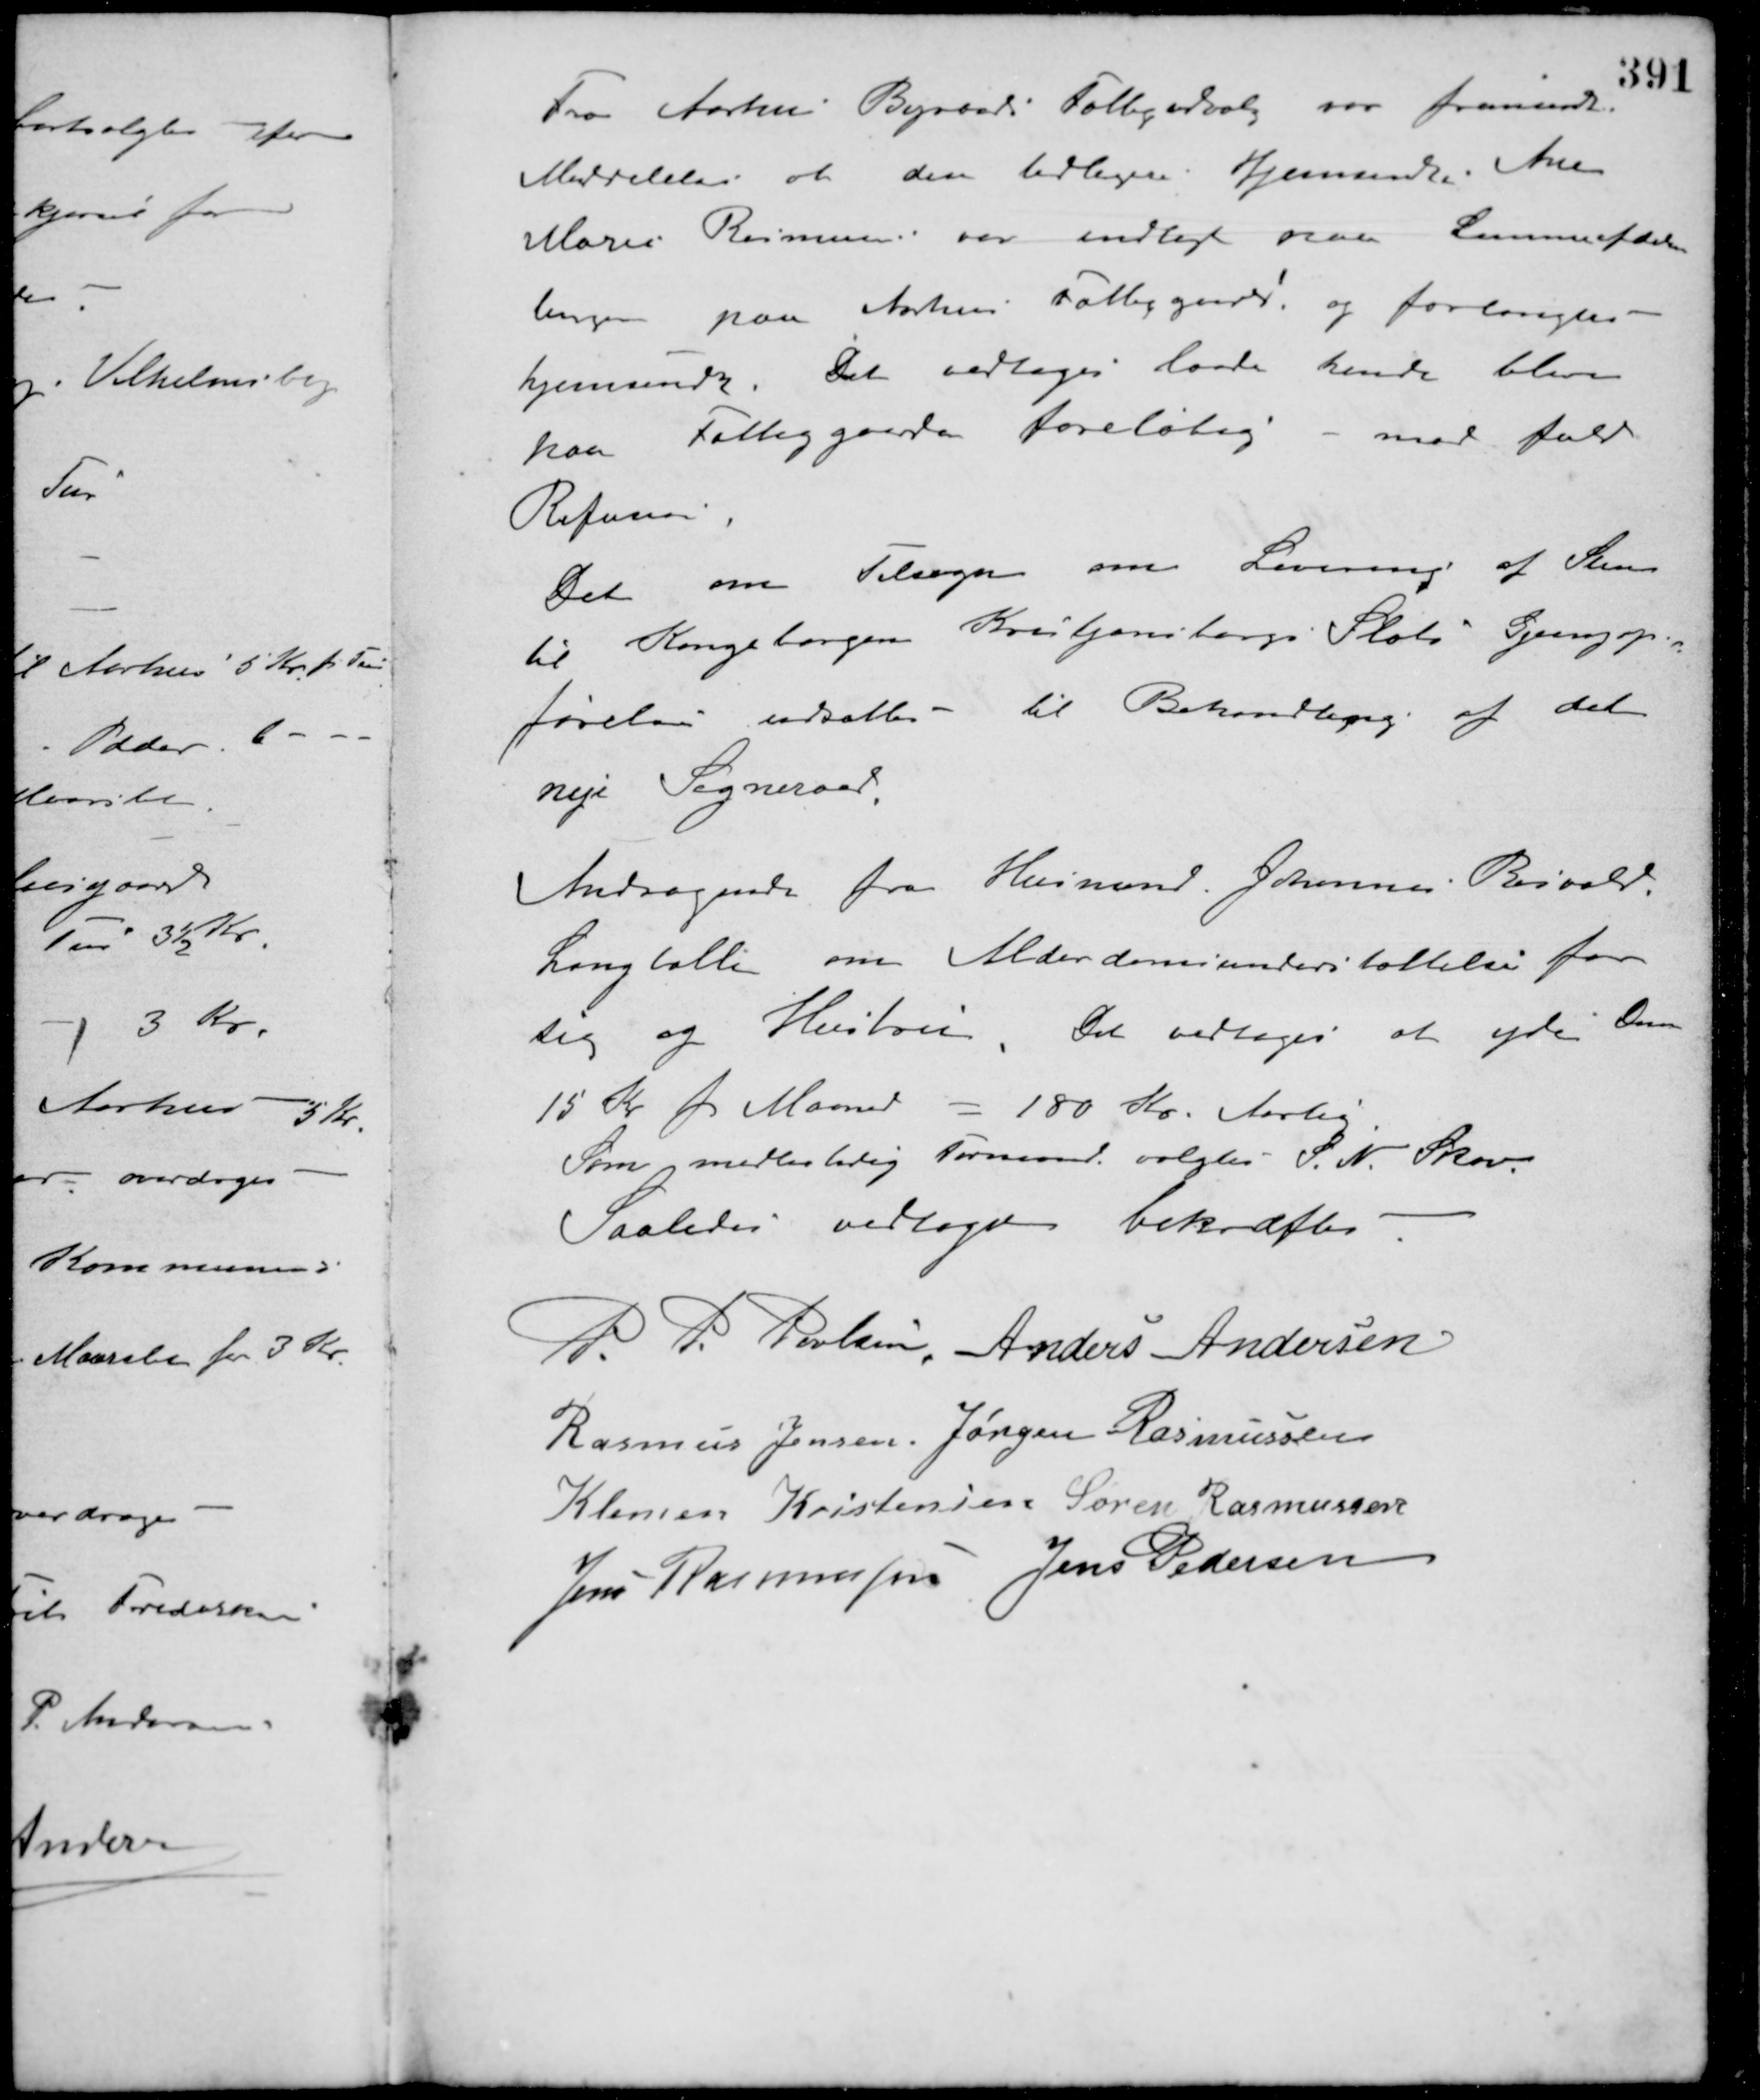
Transskription:
Fra Aarhus Byraads Fattigudvalg var fremsendt
Meddelelse at den tidligere Hjemsendte Ane
Marie Rasmussen var indlagt paa Lemmeafde-
lingen paa Aarhus Fattiggaard og forlangtes
hjemsendt. Det vedtoges lade hende blive
paa Fattiggaarden foreløbig - med fuld
Refusion.
Det om Tilsagn om Levering af Sten
til Kongeborgen Kristjansborgs Slots Gjengop-
førelse udsattes til Behandling af det
nye Sogneraad.
Andragende fra Husmand Johannes Besvald
Langballe om Alderdomsunderstøttelse for
sig og Hustru. Det vedtoges at yde Dem
15 Kr. pr. Maaned - 180 Kr. Aarlig.
Som midlertidig Formand valgtes S. N. Skov.
Saaledes vedtaget bekræftes
P. P. Poulsen Anders Andersen
Rasmus Jensen Jørgen Rasmussen
Klemen Kristensen Søren Rasmussen
Jens Rasmussen Jens Pedersen